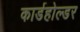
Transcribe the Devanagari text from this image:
कार्डहोल्डर